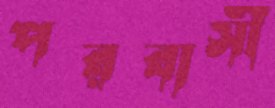
পরবাসী